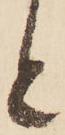
と